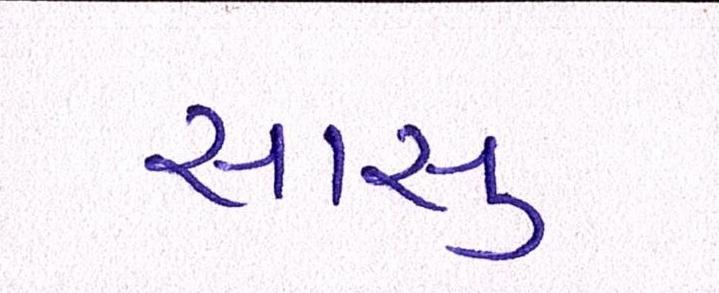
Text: સાસુ